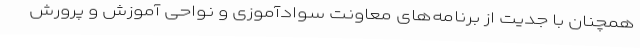
همچنان با جدیت از برنامه‌های معاونت سوادآموزی و نواحی آموزش و پرورش